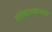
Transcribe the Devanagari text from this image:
रांगेदरम्यानच्या